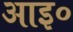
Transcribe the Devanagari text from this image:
आइ०